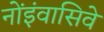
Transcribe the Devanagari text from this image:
नोंइंवासिवे